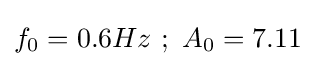
f_{0}=0.6Hz~;~A_{0}=7.11